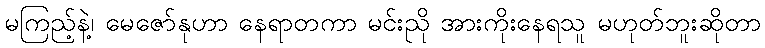
မကြည့်နဲ့၊ မေဇော်နုဟာ နေရာတကာ မင်းညို အားကိုးနေရသူ မဟုတ်ဘူးဆိုတာ